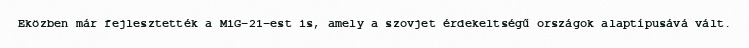
Eközben már fejlesztették a MiG–21-est is, amely a szovjet érdekeltségű országok alaptípusává vált.